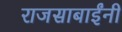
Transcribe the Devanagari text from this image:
राजसाबाईंनी